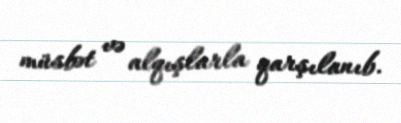
müsbət və alqışlarla qarşılanıb.